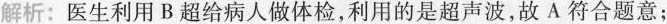
解析：医生利用B超给病人做体检，利用的是超声波，故A符合题意；